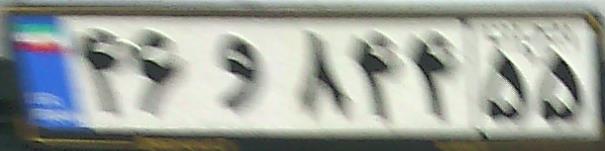
۴۶و۸۴۴۵۵